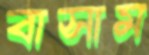
বাসাম